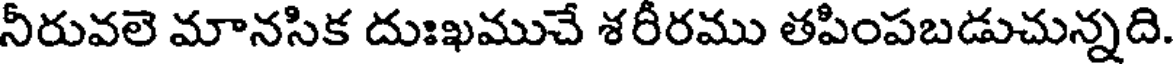
నీరువలె మానసిక దుఃఖముచే శరీరము తపింపబడుచున్నది.